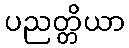
ပညတ္တိယာ